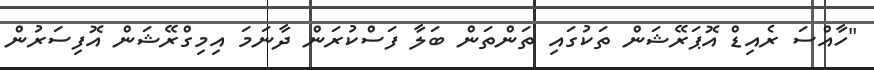
"ހާއްސަ ރެއިޑް އޮޕަރޭޝަން ތަކުގައި ތަންތަން ބަލާ ފަސްކުރަން ދާނަމަ އިމިގްރޭޝަން އޮފިސަރުން